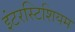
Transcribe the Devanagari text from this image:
इंटरस्टिशियम